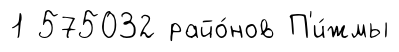
1 575032 райо́нов П'и́жмы